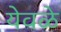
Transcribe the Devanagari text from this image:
येवळे